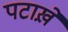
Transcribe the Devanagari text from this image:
पटाख़े